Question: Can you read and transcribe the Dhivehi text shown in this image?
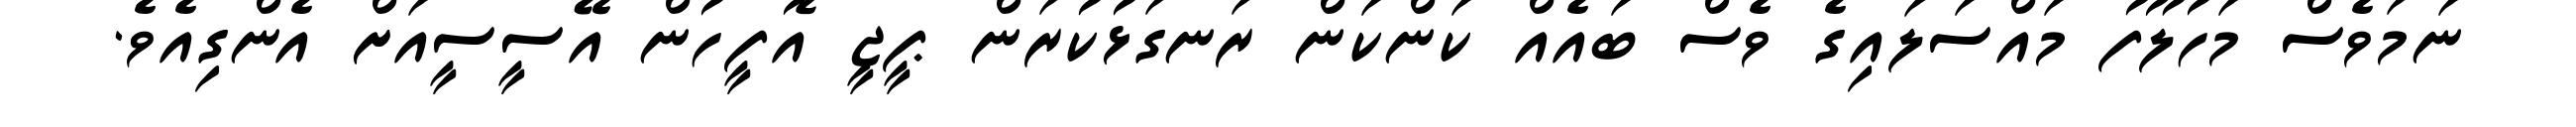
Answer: ނަމަވެސް މަހުލޫފު މައްސަލައިގެ ވެސް ބައެއް ކަންކަން ރަނގަޅުކުރަން ޕީޖީ އޮފީހުން އޭސީސީއަށް އެންގިއެވެ.